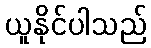
ယူနိုင်ပါသည်